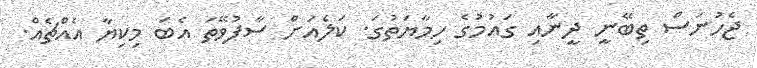
ޖެހުނަސް ތިބޭނީ ދީނާއި ގައުމުގެ ހިމާޔަތުގަ. ކަލެއަށް ސާފުވޭތަ އެބަ މިކިޔާ އެއްޗެއް.